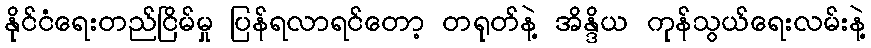
နိုင်ငံရေးတည်ငြိမ်မှု ပြန်ရလာရင်တော့ တရုတ်နဲ့ အိန္ဒိယ ကုန်သွယ်ရေးလမ်းနဲ့